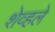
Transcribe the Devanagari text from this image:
शेव्हले